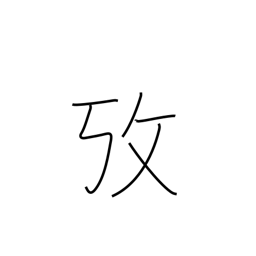
Meaning: examine